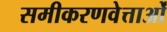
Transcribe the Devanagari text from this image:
समीकरणवेत्ताओं